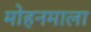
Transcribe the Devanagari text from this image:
मोहनमाला